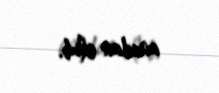
anadan olub.